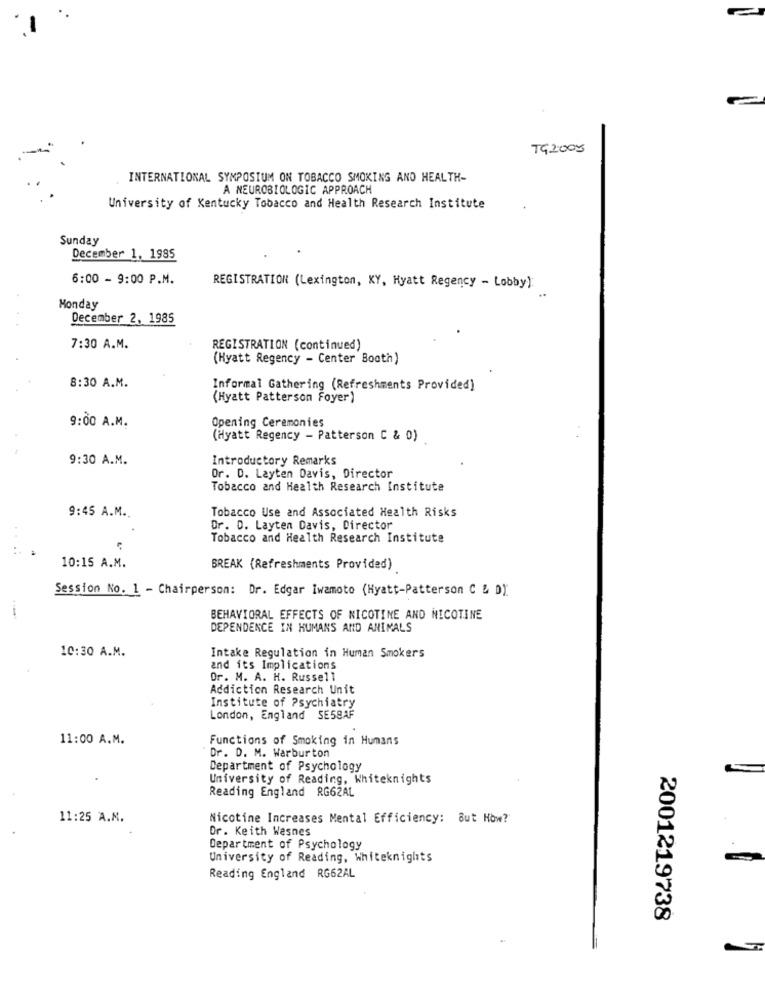
TG2005
INTERNATIONAL SYMPOSIUM ON TOBACCO SMOKING AND HEALTH-
A NEUROBIOLOGIC APPROACH
University of Kentucky Tobacco and Health Research Institute
Sunday
December 1, 1985
6:00 - 9:00 P.M.
REGISTRATION (Lexington, KY, Hyatt Regency - Lobby):
Monday
December 2, 1985
7:30 A.M.
REGISTRATION (continued)
(Hyatt Regency - Center Booth)
8:30 A.M.
Informal Gathering (Refreshments Provided)
(Hyatt Patterson Foyer)
9:00 A.M.
Opening Ceremonies
(Hyatt Regency - Patterson C & 0)
9:30 A.M.
Introductory Remarks
Or. D. Layten Davis, Director
Tobacco and Health Research Institute
Tobacco Use and Associated Health Risks
9:45 A.M ..
Dr. D. Layten Davis, Director
Tobacco and Health Research Institute
10:15 A.M.
BREAK (Refreshments Provided)
Session No. 1 - Chairperson: Dr. Edgar Iwamoto (Hyatt-Patterson C & D)
BEHAVIORAL EFFECTS OF NICOTINE AND NICOTINE
DEPENDENCE IN HUMANS AND ANIMALS
10:30 A.M.
Intake Regulation in Human Smokers
and its Implications
Dr. M. A. H. Russell
Addiction Research Unit
Institute of Psychiatry
London, England SE58AF
11:00 A.M.
Functions of Smoking in Humans
Dr. D. M. Warburton
Department of Psychology
University of Reading, Whiteknights
Reading England RG62AL
11:25 A.M.
Nicotine Increases Mental Efficiency: But How?
Dr. Keith Wasnes
Department of Psychology
University of Reading, Whiteknights
Reading England RG62AL
2001219738